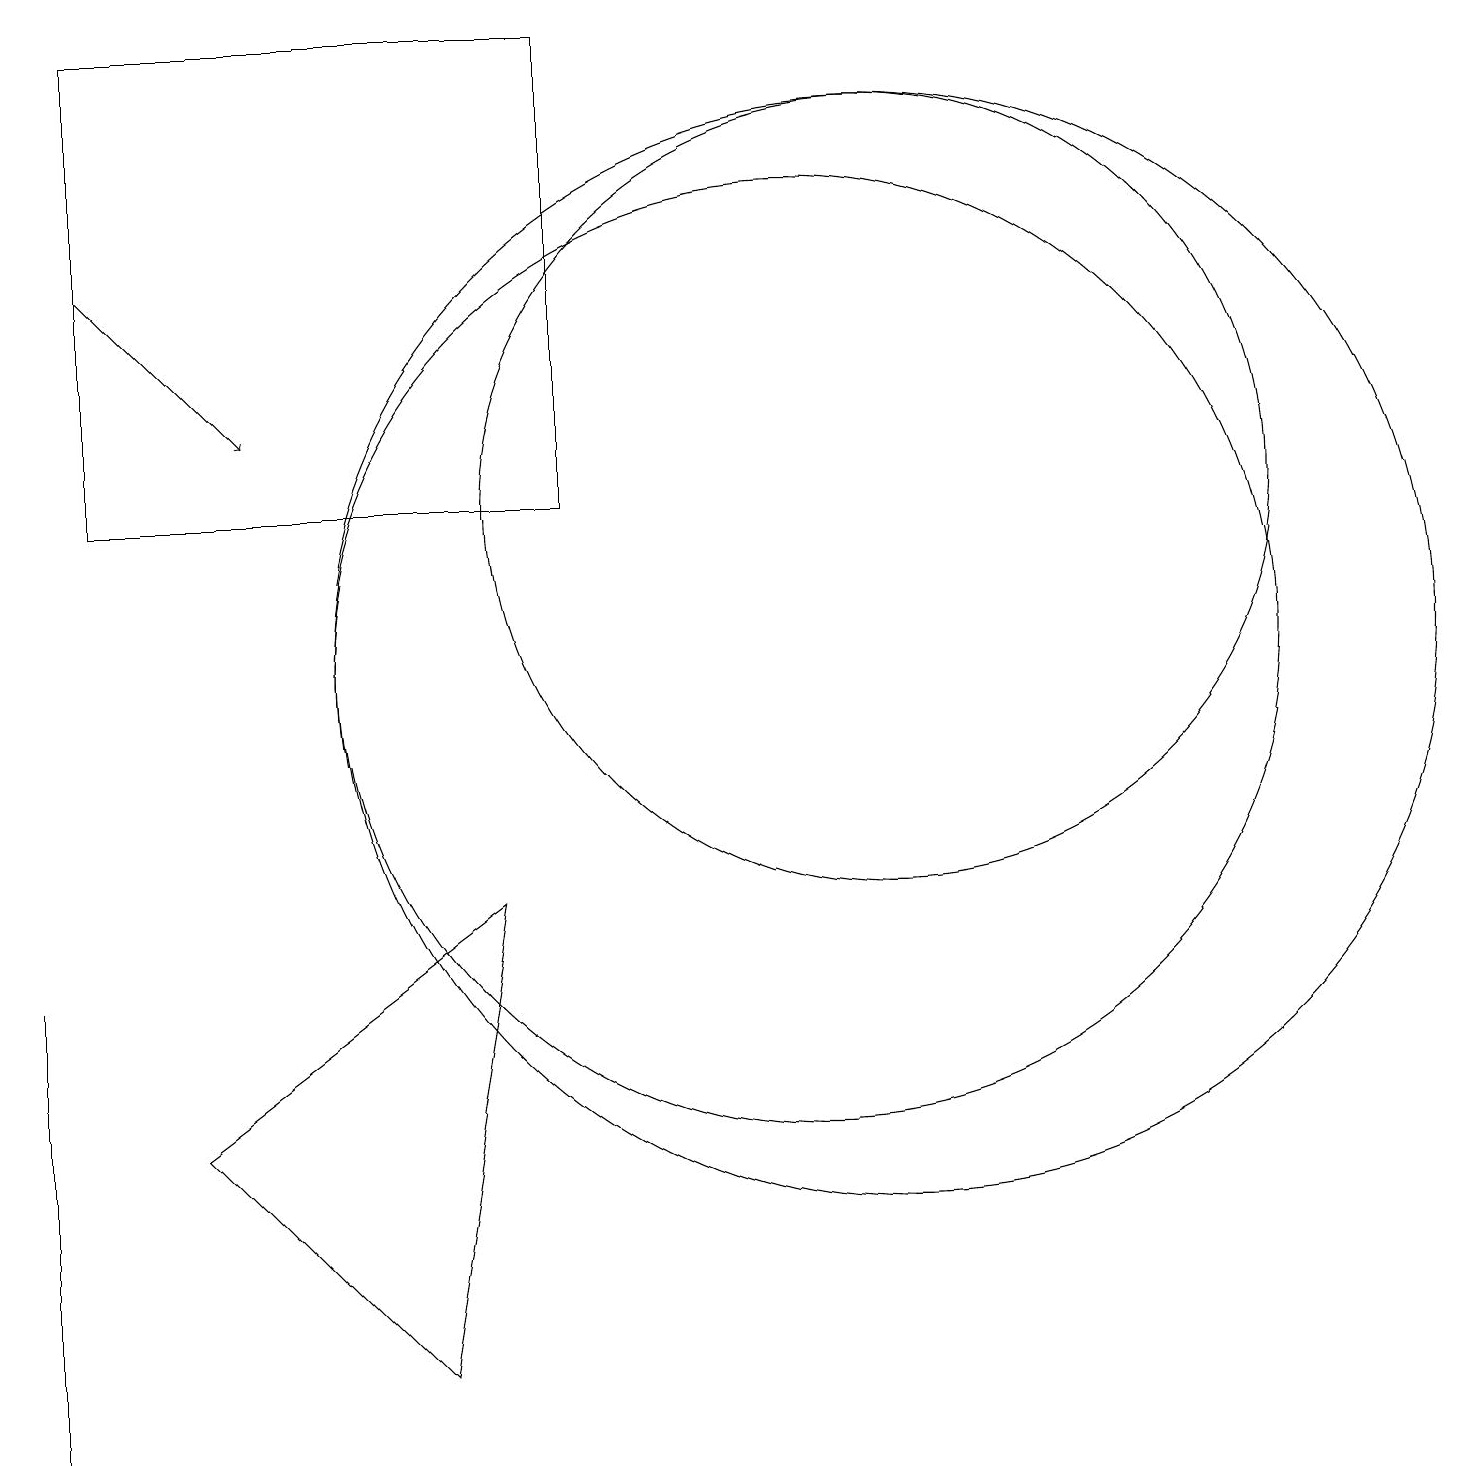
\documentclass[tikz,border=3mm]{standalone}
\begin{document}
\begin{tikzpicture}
\draw (11,10) circle (7);
\draw (7,18) rectangle (1,12);
\draw (10,10) circle (6);
\draw (2,4) -- (6,7) -- (5,1) -- cycle;
\draw (0,2) -- (0,0) -- (0,6) -- cycle;
\draw[->] (1,15) -- (3,13);
\draw (11,12) circle (5);
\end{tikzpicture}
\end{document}